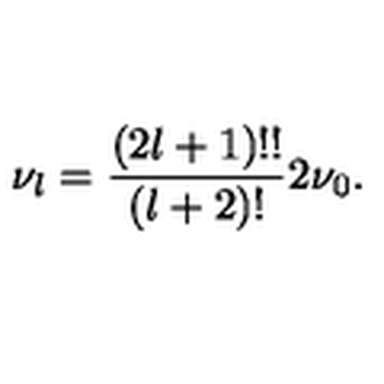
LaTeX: \nu _ { l } = { \frac { ( 2 l + 1 ) ! ! } { ( l + 2 ) ! } } 2 \nu _ { 0 } .